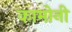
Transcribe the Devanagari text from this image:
कामोनी